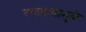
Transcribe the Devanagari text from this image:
रक्तदाबामुळे